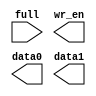
module FIFO_writer(full, wr_en, data0, data1);

input full;
output wr_en;
output [15:0] data0, data1;

endmodule